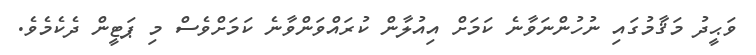
ވަޙީދު މަޤާމުގައި ނުހުންނަވާނެ ކަމަށް އިއުލާން ކުރައްވަންވާނެ ކަމަށްވެސް މި ޕަޓީން ދެކެމެވެ.